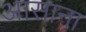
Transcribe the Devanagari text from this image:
आसाना